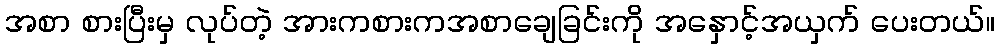
အစာ စားပြီးမှ လုပ်တဲ့ အားကစားကအစာချေခြင်းကို အနှောင့်အယှက် ပေးတယ်။